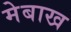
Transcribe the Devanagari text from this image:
मेबाख